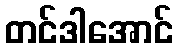
တင်ဒါအောင်